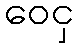
ဝေငှ